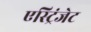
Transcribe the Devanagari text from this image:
एस्ट्रिंजेट